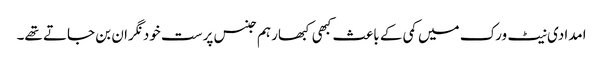
امدادی نیٹ ورک میں کمی کے باعث کبھی کبھار ہم جنس پرست خود نگران بن جاتے تھے۔